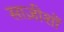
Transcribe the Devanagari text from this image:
साज़ीशों